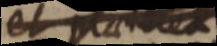
et parea